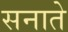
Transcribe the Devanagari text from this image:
सनाते